Indian journal of veterinary science and animal husbandry - Volumes 26-27, 1956-1957
Year: 1956
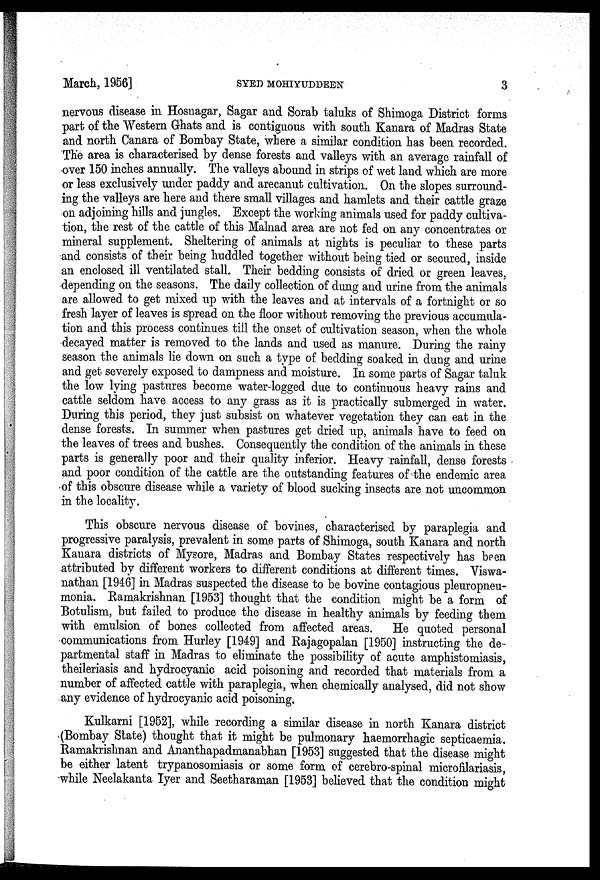
March, 1956]
SYED
MOHIYUDDEEN
3
nervous disease in Hosnagar, Sagar and Sorab taluks of Shimoga District forms
part of the Western Ghats and is contiguous with south Kanara of Madras State
and north Canara of Bombay State, where a similar condition has been recorded.
The area is characterised by dense forests and valleys with an average rainfall of
over 150 inches annually. The valleys abound in strips of wet land which are more
or less exclusively under paddy and arecanut cultivation. On the slopes surround-
ing the valleys are here and there small villages and hamlets and their cattle graze
on adjoining hills and jungles. Except the working animals used for paddy cultiva-
tion, the rest of the cattle of this Malnad area are not fed on any concentrates or
mineral supplement. Sheltering of animals at nights is peculiar to these parts
and consists of their being huddled together without being tied or secured, inside
an enclosed ill ventilated stall. Their bedding consists of dried or green leaves,
depending on the seasons. The daily collection of dung and urine from the animals
are allowed to get mixed up with the leaves and at intervals of a fortnight or so
fresh layer of leaves is spread on the floor without removing the previous accumula-
tion and this process continues till the onset of cultivation season, when the whole
decayed matter is removed to the lands and used as manure. During the rainy
season the animals lie down on such a type of bedding soaked in dung and urine
and get severely exposed to dampness and moisture. In some parts of Sagar taluk
the low lying pastures become water-logged due to continuous heavy rains and
cattle seldom have access to any grass as it is practically submerged in water.
During this period, they just subsist on whatever vegetation they can eat in the
dense forests. In summer when pastures get dried up, animals have to feed on
the leaves of trees and bushes. Consequently the condition of the animals in these
parts is generally poor and their quality inferior. Heavy rainfall, dense forests
and poor condition of the cattle are the outstanding features of the endemic area
of this obscure disease while a variety of blood sucking insects are not uncommon
in the locality.
This obscure nervous disease of bovines, characterised by paraplegia and
progressive paralysis, prevalent in some parts of Shimoga, south Kanara and north
Kanara districts of Mysore, Madras and Bombay States respectively has been
attributed by different workers to different conditions at different times. Viswa-
nathan [1946] in Madras suspected the disease to be bovine contagious pleuropneu-
monia. Ramakrishnan [1953] thought that the condition might be a form of
Botulism, but failed to produce the disease in healthy animals by feeding them
with emulsion of bones collected from affected areas. He quoted personal
communications from Hurley [1949] and Rajagopalan [1950] instructing the de-
partmental staff in Madras to eliminate the possibility of acute amphistomiasis,
theileriasis and hydrocyanic acid poisoning and recorded that materials from a
number of affected cattle with paraplegia, when chemically analysed, did not show
any evidence of hydrocyanic acid poisoning.
Kulkarni [1952], while recording a similar disease in north Kanara district
(Bombay State) thought that it might be pulmonary haemorrhagic septicaemia.
Ramakrishnan and Ananthapadmanabhan [1953] suggested that the disease might
be either latent trypanosomiasis or some form of cerebro-spinal microfilariasis,
while Neelakanta Iyer and Seetharaman [1953] believed that the condition might